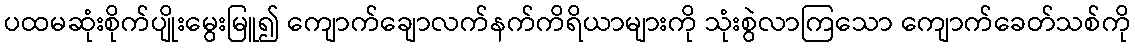
ပထမဆုံးစိုက်ပျိုးမွေးမြူ၍ ကျောက်ချောလက်နက်ကိရိယာများကို သုံးစွဲလာကြသော ကျောက်ခေတ်သစ်ကို